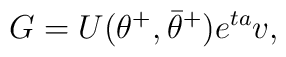
G = U(\theta^+,\bar\theta^+)e^{ta}v,